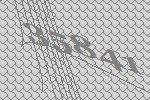
35841